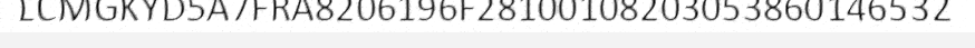
LCMGKYD5A7FRA8206196F28100108203053860146532